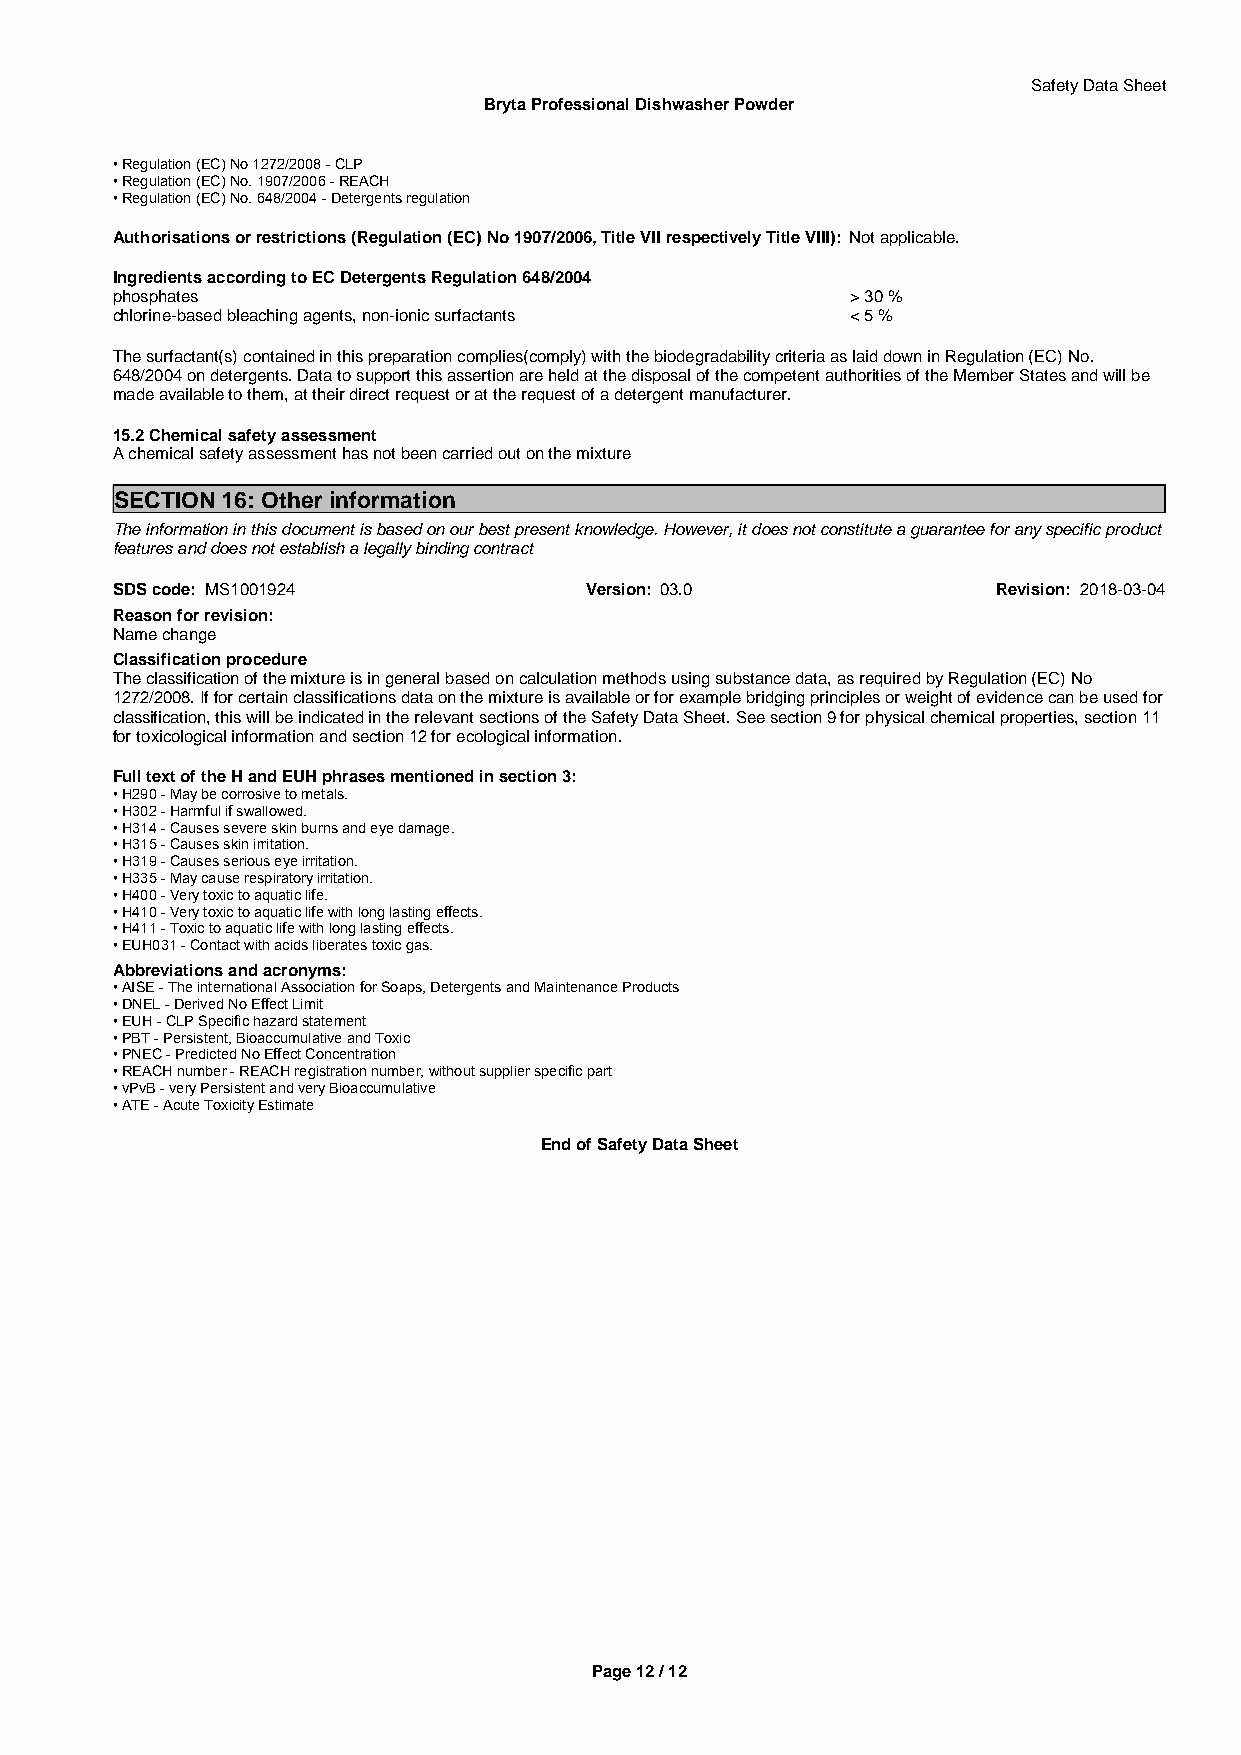
Safety Data Sheet
 Bryta Professional Dishwasher Powder
 • Regulation (EC) No 1272/2008 - CLP
 • Regulation (EC) No. 1907/2006 - REACH
 • Regulation (EC) No. 648/2004 - Detergents regulation
 Authorisations or restrictions (Regulation (EC) No 1907/2006, Title VII respectively Title VIII): Not applicable.
 Ingredients according to EC Detergents Regulation 648/2004
 phosphates                                       > 30 %
 chlorine-based bleaching agents, non-ionic surfactants < 5 %
 The surfactant(s) contained in this preparation complies(comply) with the biodegradability criteria as laid down in Regulation (EC) No.
 648/2004 on detergents. Data to support this assertion are held at the disposal of the competent authorities of the Member States and will be
 made available to them, at their direct request or at the request of a detergent manufacturer.
 15.2 Chemical safety assessment
 A chemical safety assessment has not been carried out on the mixture
 SECTION 16: Other information
 The information in this document is based on our best present knowledge. However, it does not constitute a guarantee for any specific product
 features and does not establish a legally binding contract
 SDS code: MS1001924             Version: 03.0              Revision: 2018-03-04
 Reason for revision:
 Name change
 Classification procedure
 The classification of the mixture is in general based on calculation methods using substance data, as required by Regulation (EC) No
 1272/2008. If for certain classifications data on the mixture is available or for example bridging principles or weight of evidence can be used for
 classification, this will be indicated in the relevant sections of the Safety Data Sheet. See section 9 for physical chemical properties, section 11
 for toxicological information and section 12 for ecological information.
 Full text of the H and EUH phrases mentioned in section 3:
 • H290 - May be corrosive to metals.
 • H302 - Harmful if swallowed.
 • H314 - Causes severe skin burns and eye damage.
 • H315 - Causes skin irritation.
 • H319 - Causes serious eye irritation.
 • H335 - May cause respiratory irritation.
 • H400 - Very toxic to aquatic life.
 • H410 - Very toxic to aquatic life with long lasting effects.
 • H411 - Toxic to aquatic life with long lasting effects.
 • EUH031 - Contact with acids liberates toxic gas.
 Abbreviations and acronyms:
 • AISE - The international Association for Soaps, Detergents and Maintenance Products
 • DNEL - Derived No Effect Limit
 • EUH - CLP Specific hazard statement
 • PBT - Persistent, Bioaccumulative and Toxic
 • PNEC - Predicted No Effect Concentration
 • REACH number - REACH registration number, without supplier specific part
 • vPvB - very Persistent and very Bioaccumulative
 • ATE - Acute Toxicity Estimate
 End of Safety Data Sheet
 Page 12 / 12